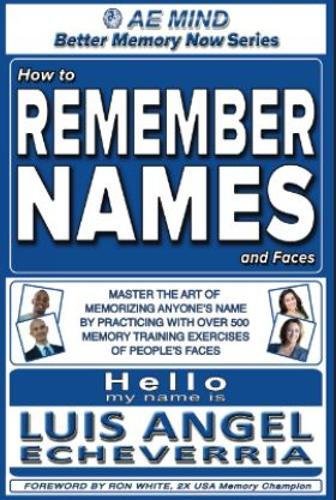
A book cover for How to Remember Names and Faces: Master the Art of Memorizing Anyone's Name By Practicing with Over 500 Memory Training Exercises of People's Faces (Better Memory Now | Remember Names) (Volume 1); Luis Angel Echeverria; Self-Help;